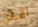
أفضل